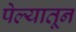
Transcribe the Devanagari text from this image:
पेल्यातून